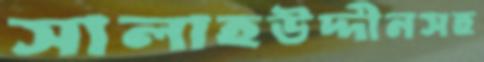
সালাহউদ্দীনসহ